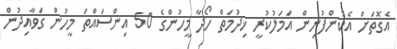
އެގޮތަށް އެކުންފުނިން އަމަލުކުރީ ޚިދުމަތް ހޯދާ މީހުންގެ 50 އިންސައްތަ މީހުން ގަވާއިދުން